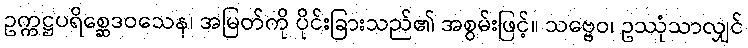
ဥက္ကဋ္ဌပရိစ္ဆေဒဝသေန၊ အမြတ်ကို ပိုင်းခြားသည်၏ အစွမ်းဖြင့်။ သဗ္ဗေဝ၊ ဥဿုံသာလျှင်